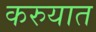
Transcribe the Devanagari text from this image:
करुयात